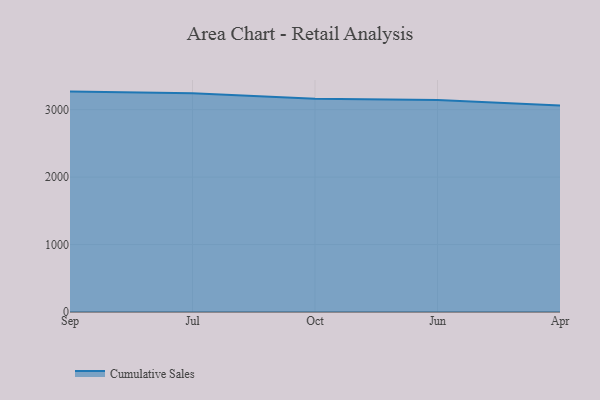
{"axis": {"x": "Month", "y": "Population (Million)"}, "legend": ["Cumulative Sales"], "data": [{"x": "Sep", "y": 3268.1, "type": "Cumulative Sales"}, {"x": "Jul", "y": 3242.6, "type": "Cumulative Sales"}, {"x": "Oct", "y": 3162.1, "type": "Cumulative Sales"}, {"x": "Jun", "y": 3141.8, "type": "Cumulative Sales"}, {"x": "Apr", "y": 3062.2, "type": "Cumulative Sales"}]}